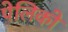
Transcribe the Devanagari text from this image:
पेलिको